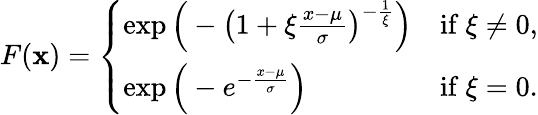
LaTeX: F(\mathbf{x})={\left\{ \begin{array}{ll}{\exp{\Big(}-{\big(}1+\xi{\frac{x-\mu}{\sigma}}{\big)}^{-{\frac{1}{\xi}}}{\Big)}}&{{\mathrm{if~}}\xi\neq 0,}\\ {\exp{\Big(}-e^{-{\frac{x-\mu}{\sigma}}}{\Big)}}&{{\mathrm{if~}}\xi=0.}\end{array}\right.}